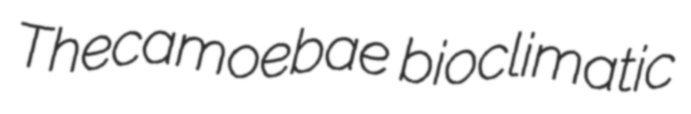
Thecamoebae bioclimatic